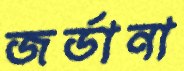
জর্ডানা